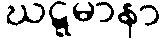
ဃဋ္ဋမာနာ